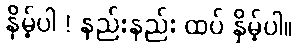
နှိမ့်ပါ ! နည်းနည်း ထပ် နှိမ့်ပါ။